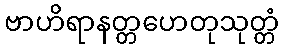
ဗာဟိရာနတ္တဟေတုသုတ္တံ